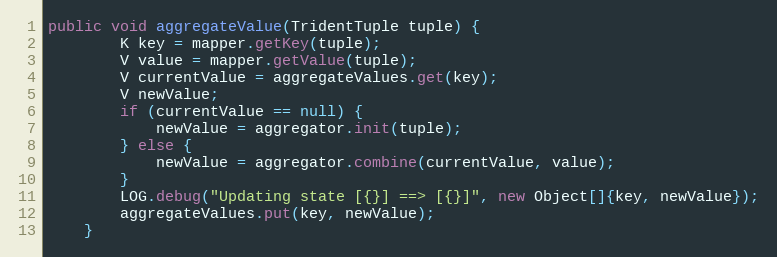
Language: Java
public void aggregateValue(TridentTuple tuple) {
        K key = mapper.getKey(tuple);
        V value = mapper.getValue(tuple);
        V currentValue = aggregateValues.get(key);
        V newValue;
        if (currentValue == null) {
            newValue = aggregator.init(tuple);
        } else {
            newValue = aggregator.combine(currentValue, value);
        }
        LOG.debug("Updating state [{}] ==> [{}]", new Object[]{key, newValue});
        aggregateValues.put(key, newValue);
    }